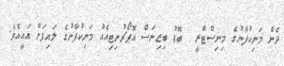
ދެން މަނިކުފާނުގެ މިނިސްޓްރީ  ބޮޑު ބިޒިނަސް އޮޕޯޗުނިޓިއެއް މަނިކުފާނުގެ ލައިފަށް އައީއެވެ.